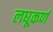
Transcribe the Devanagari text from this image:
लघूकर्ण